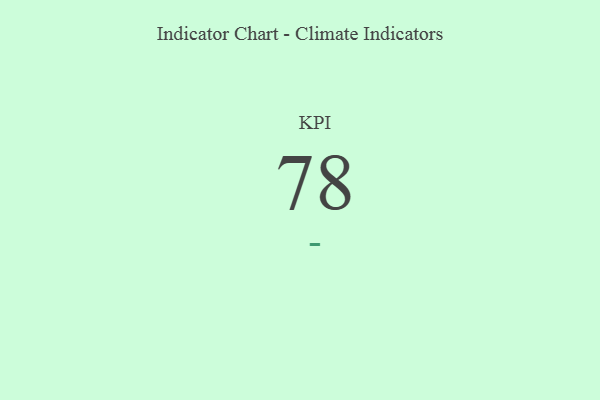
{"axis": {"x": "KPI", "y": "Value"}, "legend": [""], "data": [{"x": "KPI", "y": 78, "type": ""}]}